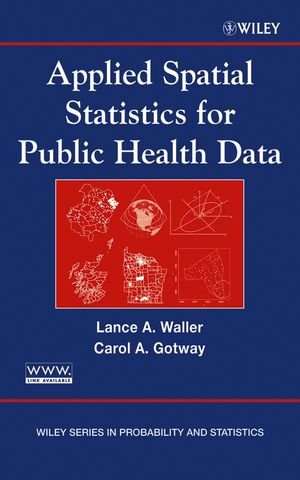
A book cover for Applied Spatial Statistics for Public Health Data; Lance A. Waller; Medical Books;